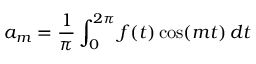
a _ { m } = { \frac { 1 } { \pi } } \int _ { 0 } ^ { 2 \pi } f ( t ) \cos ( m t ) \, d t